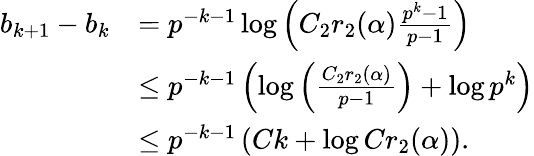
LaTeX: \begin{array}{rl}{b_{k+1}-b_{k}}&{=p^{-k-1}\log\left(C_{2}r_{2}(\alpha)\frac{p^{k}-1}{p-1}\right)}\\ &{\le p^{-k-1}\left(\log\left(\frac{C_{2}r_{2}(\alpha)}{p-1}\right)+\log p^{k}\right)}\\ &{\le p^{-k-1}\left(Ck+\log Cr_{2}(\alpha)\right).}\end{array}